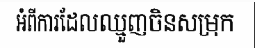
អំពីការដែលឈ្មួញចិនសម្រុក